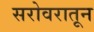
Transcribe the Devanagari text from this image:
सरोवरातून